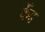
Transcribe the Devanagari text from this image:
केँद्र